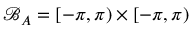
\mathcal { B } _ { A } = [ - \pi , \pi ) \times [ - \pi , \pi )